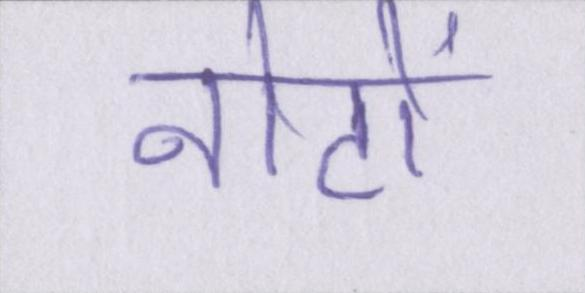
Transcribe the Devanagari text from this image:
नोटों